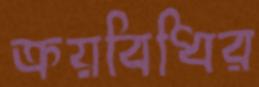
ক্রয়বিধির